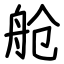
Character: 舱